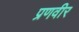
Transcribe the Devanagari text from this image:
प्रणवीर